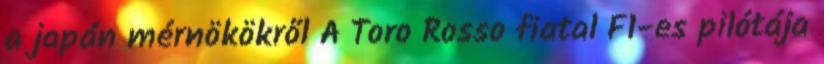
a japán mérnökökről A Toro Rosso fiatal F1-es pilótája